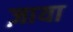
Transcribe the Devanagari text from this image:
ज़ाया